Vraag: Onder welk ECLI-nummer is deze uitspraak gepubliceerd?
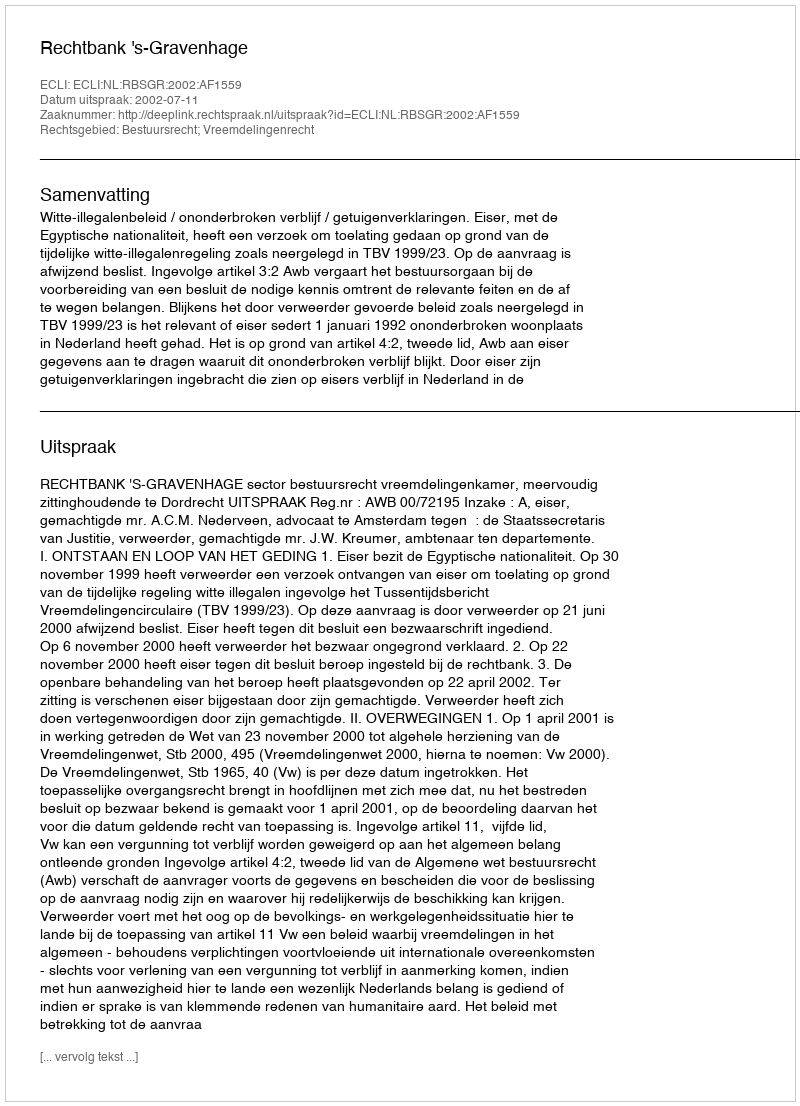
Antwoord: ECLI:NL:RBSGR:2002:AF1559